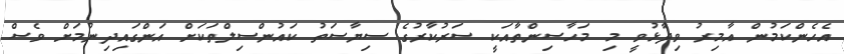
އެހެންކަމުން އާމިރު ވިދާޅުވީ މި މަހާސިންތާއަކީ ސަރުކާރުގެ ސިޔާސަތު ކައުންސިލްތަކަށް އަންގައިދިނުމަށް ވެސް